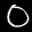
Label: 0